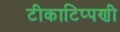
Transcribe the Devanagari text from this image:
टीकाटिप्पणी